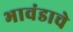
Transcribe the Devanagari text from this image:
भावंडाचे